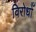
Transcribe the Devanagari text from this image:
विरोधोँ